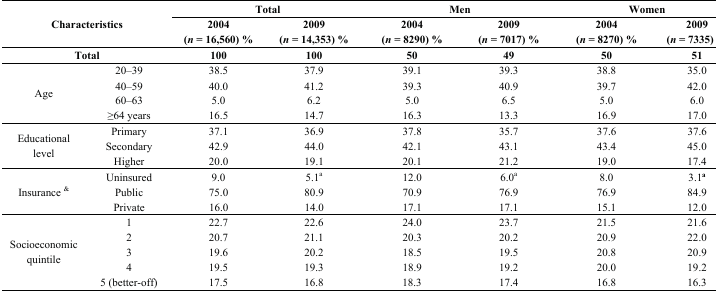
<table><thead><tr><td rowspan="2" colspan="2"><b>Characteristics</b></td><td colspan="2"><b>Total</b></td><td colspan="2"><b>Men</b></td><td colspan="2"><b>Women</b></td></tr><tr><td><b>2004 (<i>n</i> = 16,560) %</b></td><td><b>2009 (<i>n</i> = 14,353) %</b></td><td><b>2004 (<i>n</i> = 8290) %</b></td><td><b>2009 (<i>n</i> = 7017) %</b></td><td><b>2004 (<i>n</i> = 8270) %</b></td><td><b>2009 (<i>n</i> = 7335) %</b></td></tr></thead><tbody><tr><td colspan="2"><b>Total</b></td><td><b>100</b></td><td><b>100</b></td><td><b>50</b></td><td><b>49</b></td><td><b>50</b></td><td><b>51</b></td></tr><tr><td rowspan="4">Age</td><td>20–39</td><td>38.5</td><td>37.9</td><td>39.1</td><td>39.3</td><td>38.8</td><td>35.0</td></tr><tr><td>40–59</td><td>40.0</td><td>41.2</td><td>39.3</td><td>40.9</td><td>39.7</td><td>42.0</td></tr><tr><td>60–63</td><td>5.0</td><td>6.2</td><td>5.0</td><td>6.5</td><td>5.0</td><td>6.0</td></tr><tr><td>≥64 years</td><td>16.5</td><td>14.7</td><td>16.3</td><td>13.3</td><td>16.9</td><td>17.0</td></tr><tr><td rowspan="3">Educational level</td><td>Primary</td><td>37.1</td><td>36.9</td><td>37.8</td><td>35.7</td><td>37.6</td><td>37.6</td></tr><tr><td>Secondary</td><td>42.9</td><td>44.0</td><td>42.1</td><td>43.1</td><td>43.4</td><td>45.0</td></tr><tr><td>Higher</td><td>20.0</td><td>19.1</td><td>20.1</td><td>21.2</td><td>19.0</td><td>17.4</td></tr><tr><td rowspan="3">Insurance <sup>&amp;</sup></td><td>Uninsured</td><td>9.0</td><td>5.1<sup>a</sup></td><td>12.0</td><td>6.0<sup>a</sup></td><td>8.0</td><td>3.1<b><sup>a</sup></b></td></tr><tr><td>Public</td><td>75.0</td><td>80.9</td><td>70.9</td><td>76.9</td><td>76.9</td><td>84.9</td></tr><tr><td>Private</td><td>16.0</td><td>14.0</td><td>17.1</td><td>17.1</td><td>15.1</td><td>12.0</td></tr><tr><td rowspan="5">Socioeconomic quintile</td><td>1</td><td>22.7</td><td>22.6</td><td>24.0</td><td>23.7</td><td>21.5</td><td>21.6</td></tr><tr><td>2</td><td>20.7</td><td>21.1</td><td>20.3</td><td>20.2</td><td>20.9</td><td>22.0</td></tr><tr><td>3</td><td>19.6</td><td>20.2</td><td>18.5</td><td>19.5</td><td>20.8</td><td>20.9</td></tr><tr><td>4</td><td>19.5</td><td>19.3</td><td>18.9</td><td>19.2</td><td>20.0</td><td>19.2</td></tr><tr><td>5 (better-off)</td><td>17.5</td><td>16.8</td><td>18.3</td><td>17.4</td><td>16.8</td><td>16.3</td></tr></tbody></table>